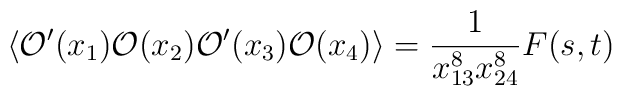
\langle {\mathcal O}'(x_1) {\mathcal O}(x_2) {\mathcal O}'(x_3) {\mathcal O}(x_4)\rangle  =\frac{1}{x_{13}^8 x_{24}^8} F(s, t)